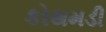
કોથમડી